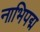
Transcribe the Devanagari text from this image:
नाभिपद्म